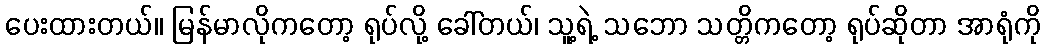
ပေးထားတယ်။ မြန်မာလိုကတော့ ရုပ်လို့ ခေါ်တယ်၊ သူ့ရဲ့ သဘော သတ္တိကတော့ ရုပ်ဆိုတာ အာရုံကို